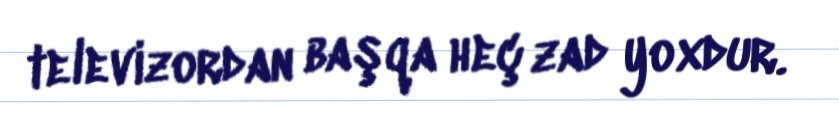
televizordan başqa heç zad yoxdur.